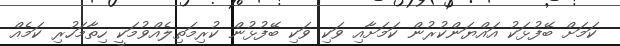
ކަމަށް ބޭފުޅަކު އައްޔަންކުރުން ކަމަށާއި ވަކި ވަކި ބޭފުޅުން ކުރިމަތިލެއްވުމަކީ ހިތާމަހުރި ކަމެއް